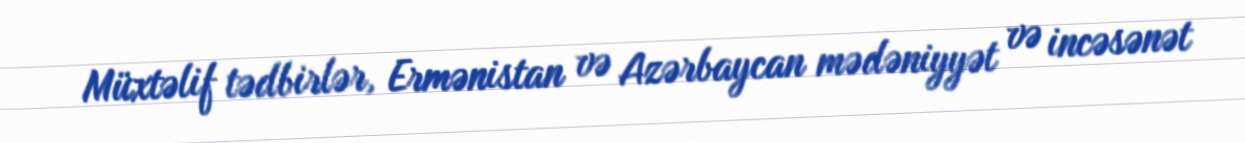
Müxtəlif tədbirlər, Ermənistan və Azərbaycan mədəniyyət və incəsənət